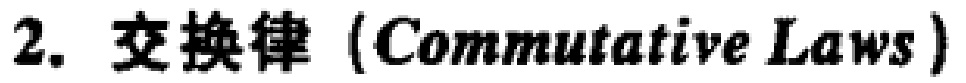
2. 交换律（Commutative Laws）